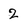
Character: 2